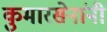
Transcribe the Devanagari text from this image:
कुमारसेनांनी